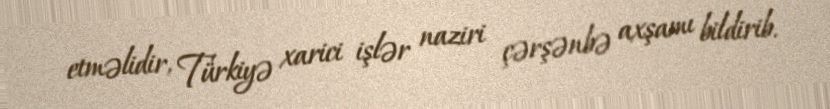
etməlidir, Türkiyə xarici işlər naziri çərşənbə axşamı bildirib.